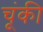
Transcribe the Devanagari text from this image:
चूंकी